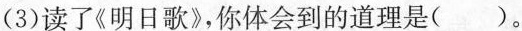
(3)读了《明日歌》，你体会到的道理是( )。